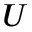
U